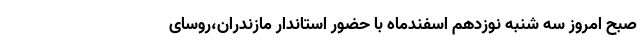
صبح امروز سه شنبه نوزدهم اسفندماه با حضور استاندار مازندران،روسای